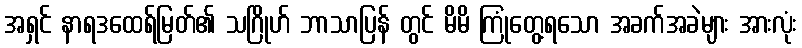
အရှင် နာရဒထေရ်မြတ်၏ သဂြိုဟ် ဘာသာပြန် တွင် မိမိ ကြုံတွေ့ရသော အခက်အခဲများ အားလုံး